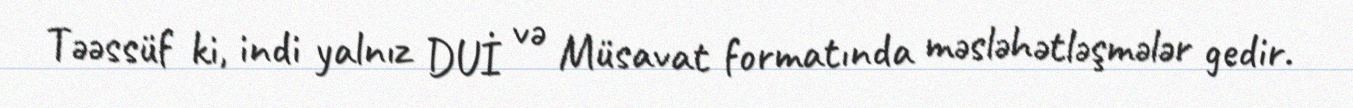
Təəssüf ki, indi yalnız DUİ və Müsavat formatında məsləhətləşmələr gedir.